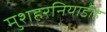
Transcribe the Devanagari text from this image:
मुशहरनियाडीह